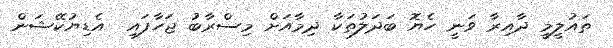
ތައުލީމީ ދާއިރާ ވަނީ ހެޔޮ ބަދަލުތަކާ ދިމާއަށް މިސްރާބު ޖަހާފައި  އެޑިޔުކޭޝަން